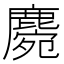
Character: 𪋅